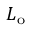
L _ { \mathrm { o } }